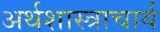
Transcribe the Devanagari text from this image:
अर्थशास्त्राचार्य